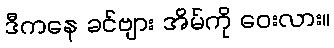
ဒီကနေ ခင်ဗျား အိမ်ကို ဝေးလား။